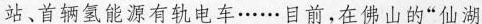
站、首辆氢能源有轨电车…目前，在佛山的”仙湖